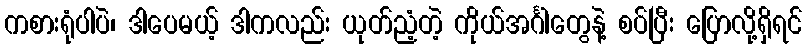
ကစားရုံပါပဲ၊ ဒါပေမယ့် ဒါကလည်း ယုတ်ညံ့တဲ့ ကိုယ်အင်္ဂါတွေနဲ့ စပ်ပြီး ပြောလို့ရှိရင်